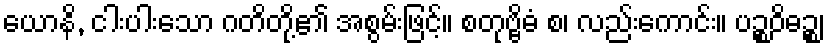
ယောနိ, ငါးပါးသော ဂတိတို့၏ အစွမ်းဖြင့်။ စတုဗ္ဗိဓံ စ၊ လည်းကောင်း။ ပဉ္စဝိဓဉ္စ၊